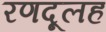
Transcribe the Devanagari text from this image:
रणदूलह